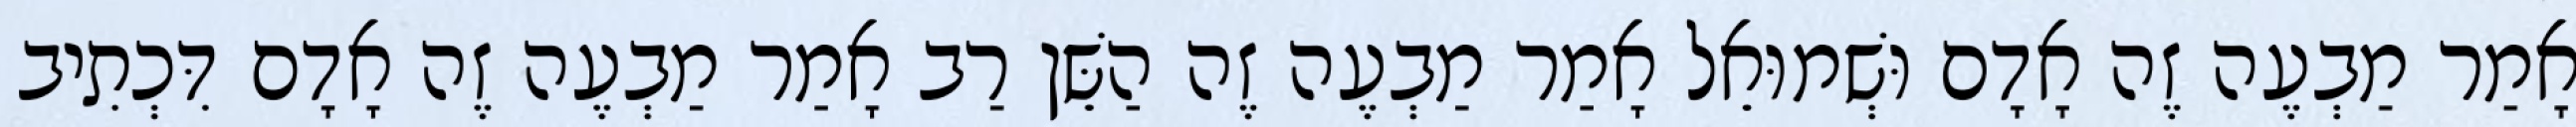
אָמַר מַבְעֶה זֶה אָדָם וּשְׁמוּאֵל אָמַר מַבְעֶה זֶה הַשֵּׁן רַב אָמַר מַבְעֶה זֶה אָדָם דִּכְתִיב